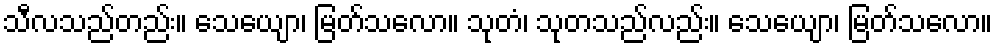
သီလသည်တည်း။ သေယျော၊ မြတ်သလော။ သုတံ၊ သုတသည်လည်း။ သေယျော၊ မြတ်သလော။